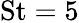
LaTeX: \mathrm{St}=5